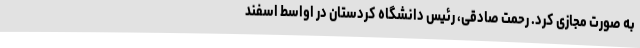
به صورت مجازی کرد. رحمت صادقی، رئیس دانشگاه کردستان در اواسط اسفند